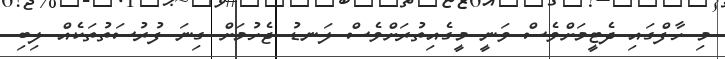
މި ހާފްގައި ދެޓީމަށްވެސް ވަނީ މީގެއިތުރަށްވެސް ލަނޑު ޖެހުމަށް ގިނަ ފުރުސަތުތަކެއް ލިބި